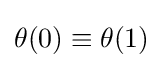
\theta (0)\equiv \theta (1)